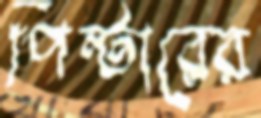
পিন্টারের